Papers set at the Examination for Leaving Certificates, 1895
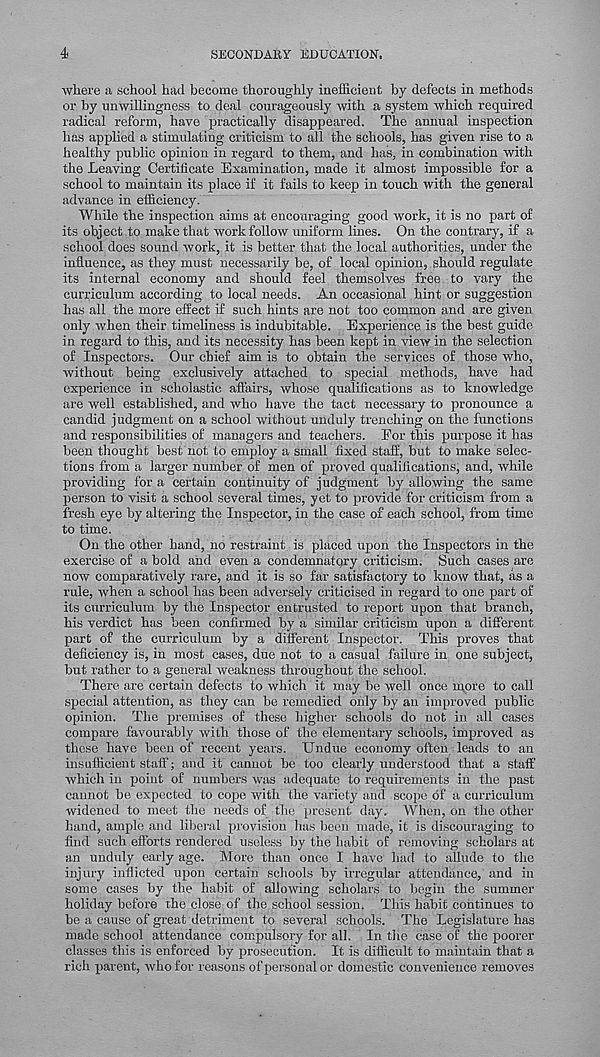
4
SECONDARY EDUCATION.
where a school had become thoroughly inefficient by defects in methods
or by unwillingness to deal courageously with a system which required
radical reform, have practically disappeared. The annual inspection
has applied a stimulating criticism to all the schools, has given rise to a
healthy public opinion in regard to them, and has, in combination with
the Leaving Certificate Examination, made it almost impossible for a
school to maintain its place if it fails to keep in touch with the general
advance in efficiency.
While the inspection aims at encouraging good work, it is no part of
its object to make that work follow uniform lines. On the contrary, if a
school does sound work, it is better that the local authorities, under the
influence, as they must necessarily be, of local opinion, should regulate
its internal economy and should feel themsolves free to vary the
curriculum according to local needs. An occasional hint or suggestion
has all the more effect if such hints are not too common and are given
only when their timeliness is indubitable. Experience is the best guide
in regard to this, and its necessity has been kept in view in the selection
of Inspectors. Our chief aim is to obtain the services of those who,
without being exclusively attached to special methods, have had
experience in scholastic affairs, whose qualifications as to knowledge
are well established, and who have the tact necessary to pronounce a
candid judgment on a school without unduly trenching on the functions
and responsibilities of managers and teachers. Eor this purpose it has
been thought best not to employ a small fixed staff, but to make selec-
tions from a larger number of men of proved qualifications, and, while
providing for. a certain continuity of judgment by allowing the same
person to visit a school several times, yet to provide for criticism from a
fresh eye by altering the Inspector, in the case of each school, from time
to time.
On the other hand, no restraint is placed upon the Inspectors in the
exercise of a bold and even a condemnatory criticism. Such cases are
now comparatively rare, and it is so far satisfactory to know that, as a
rule, when a school has been adversely criticised in regard to one part of
its curriculum by the Inspector entrusted to report upon that branch,
his verdict has been confirmed by a similar criticism upon a different
part of the curriculum by a different Inspector. This proves that
deficiency is, in most cases, due not to a casual failure in one subject,
but rather to a general weakness throughout the school.
There are certain defects to which it may be well once more to call
special attention, as they can be remedied only by an improved public
opinion. The premises of these higher schools do not in all cases
compare favourably with those of the elementary schools, improved as
these have been of recent years. Undue economy often leads to an
insufficient staff; and it cannot be too clearly understood that a staff
which in point of numbers was adequate to requirements in the past
cannot be expected to cope with the variety and scope of a curriculum
widened to meet the needs of the present day. When, on the other
hand, ample and liberal provision has been made, it is discouraging to
find such efforts rendered useless by the habit of removing scholars at
an unduly early age. More than once I have had to allude to the
injury inflicted upon certain schools by irregular attendance, and in
some cases by the habit of allowing scholars to begin the summer
holiday before the close of the school session. This habit continues to
be a cause of great detriment to several schools. The Legislature has
made school attendance compulsory for all. In the case of the poorer
classes this is enforced by prosecution. It is difficult to maintain that a
rich parent, who for reasons of personal or domestic convenience removes